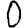
Digit: 0